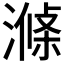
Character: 𣼝